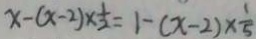
x - ( x - 2 ) \times \frac { 1 } { 2 } = 1 - ( x - 2 ) \times \frac { 1 } { 5 }